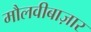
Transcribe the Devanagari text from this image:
मौलवीबाज़ार